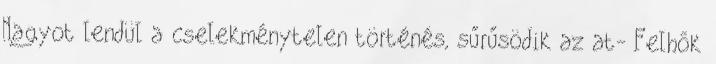
Nagyot lendül a cselekménytelen történés, sűrűsödik az at- Felhők